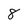
Character: 8